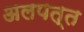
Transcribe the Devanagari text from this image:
अलपत्त